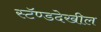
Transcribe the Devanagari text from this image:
स्टॅण्डदेखील